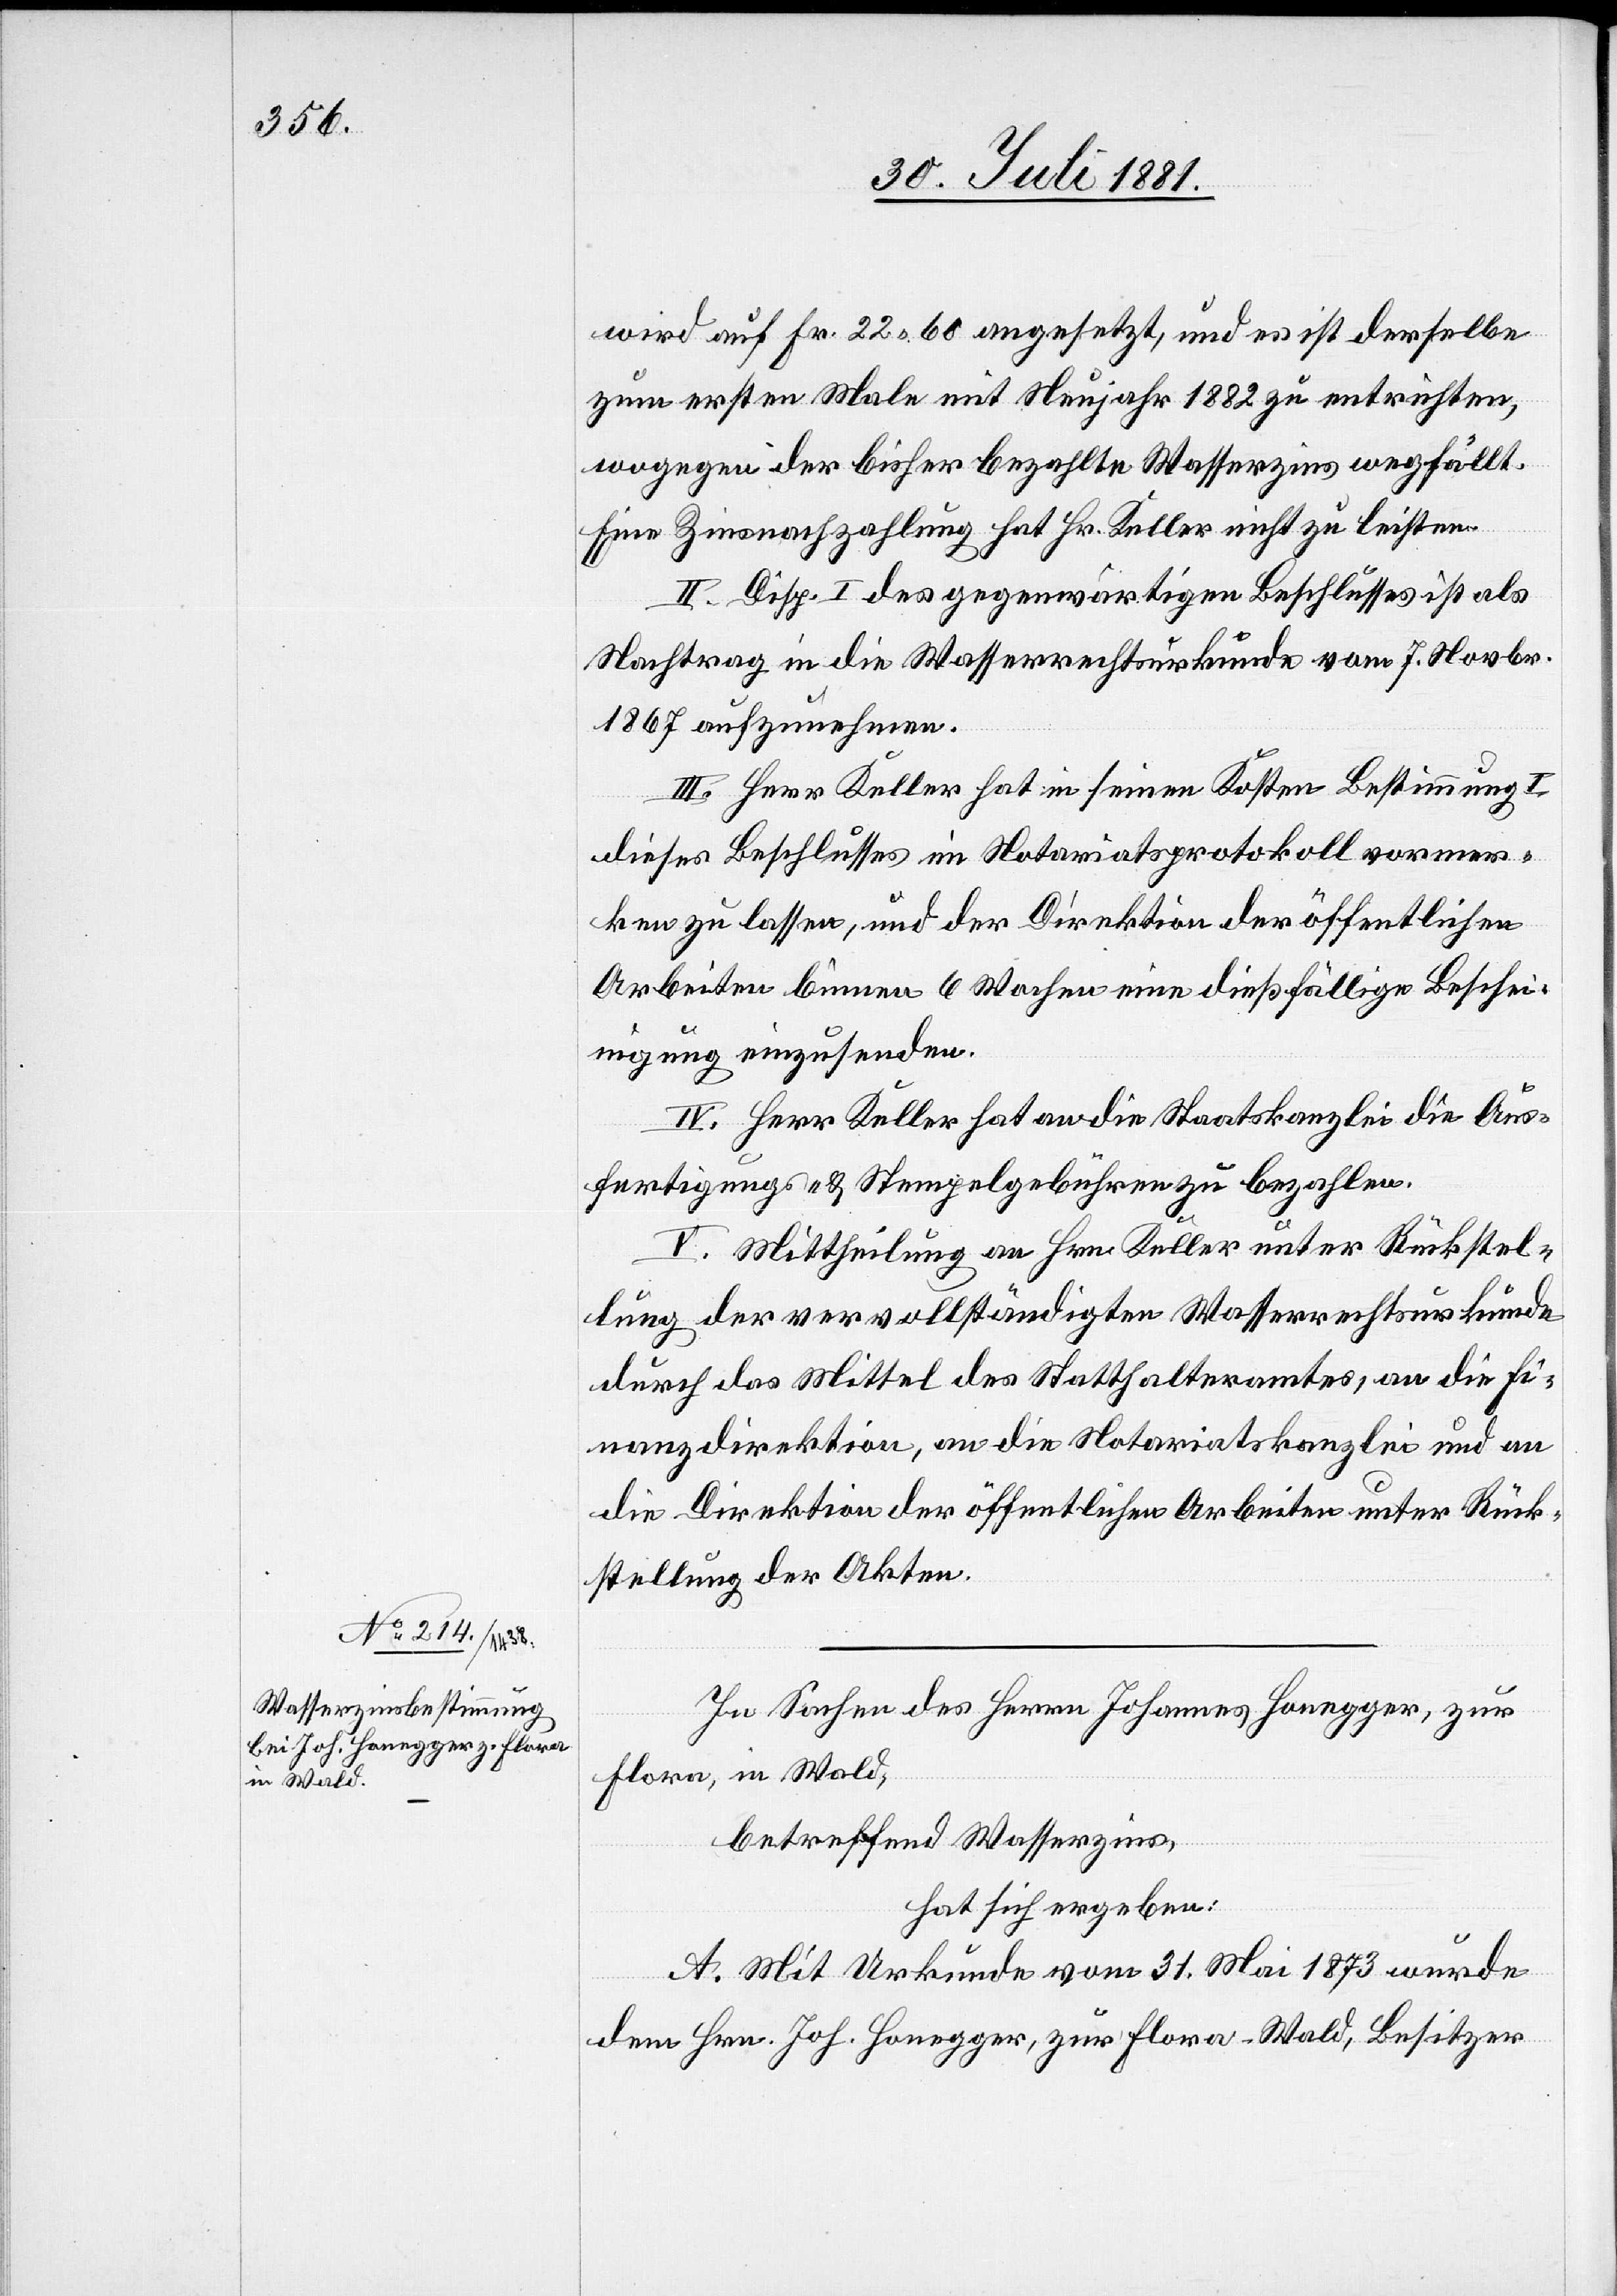
wird auf Fr. 22 60 angesetzt, und es ist derselbe
zum ersten Male mit Neujahr 1882 zu entrichten,
wogegen der bisher bezahlte Wasserzins wegfällt.
Eine Zinsnachzahlung hat Hr. Keller nicht zu leisten.
II. Disp. I des gegenwärtigen Beschlusses ist als
Nachtrag in die Wasserrechtsurkunde vom 7. Novbr.
1867 aufzunehmen.
III. Herr Keller hat in seinen Kosten Bestimmung I
dieses Beschlusses im Notariatsprotokoll vormer¬
ken zu lassen, und der Direktion der öffentlichen
Arbeiten binnen 6 Wochen eine dießfällige Beschei¬
nigung einzusenden.
IV. Herr Keller hat an die Staatskanzlei die Aus¬
fertigungs- & Stempelgebühren zu bezahlen.
V. Mittheilung an Hrn. Keller unter Rückstel¬
lung der vervollständigten Wasserrechtsurkunde
durch das Mittel des Statthalteramtes, an die Fi¬
nanzdirektion, an die Notariatskanzlei und an
die Direktion der öffentlichen Arbeiten unter Rück¬
stellung der Akten.
In Sachen des Herrn Johannes Honegger, zur
Flora, in Wald,
betreffend Wasserzins,
hat sich ergeben:
A. Mit Urkunde vom 31. Mai 1873 wurde
dem Hrn. Joh. Honegger, zur Flora - Wald, Besitzer